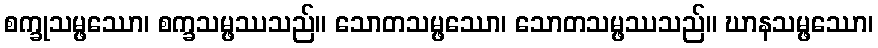
စက္ခုသမ္ဖဿော၊ စက္ခသမ္ဖဿသည်။ သောတသမ္ဖဿော၊ သောတသမ္ဖဿသည်။ ဃာနသမ္ဖဿော၊